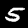
Digit: 5